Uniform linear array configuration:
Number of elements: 64
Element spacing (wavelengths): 1
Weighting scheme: hamming
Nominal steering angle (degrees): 15
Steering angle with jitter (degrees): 14.307
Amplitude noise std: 0.05
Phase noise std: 0.05

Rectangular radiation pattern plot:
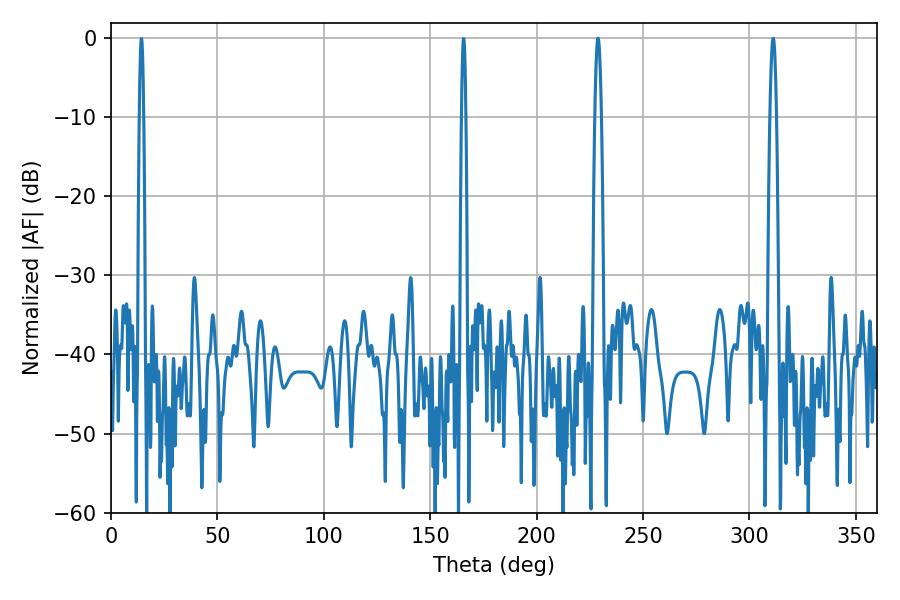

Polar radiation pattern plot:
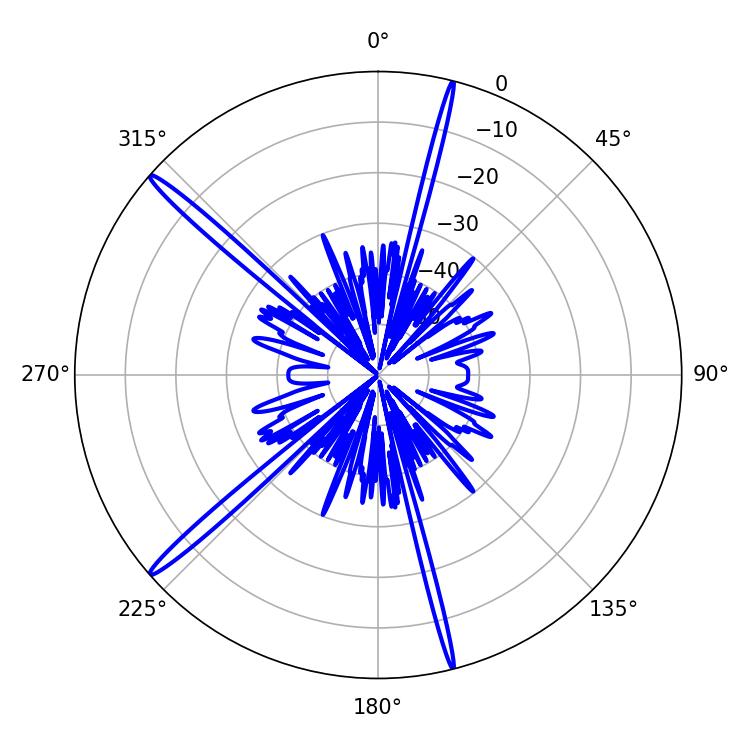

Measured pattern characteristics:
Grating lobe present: TRUE
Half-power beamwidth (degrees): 1.62
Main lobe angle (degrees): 228.78